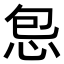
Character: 𫹾